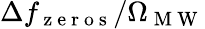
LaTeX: \Delta f_{\mathrm{~z~e~r~o~s~}}/\Omega_{\mathrm{~M~W~}}